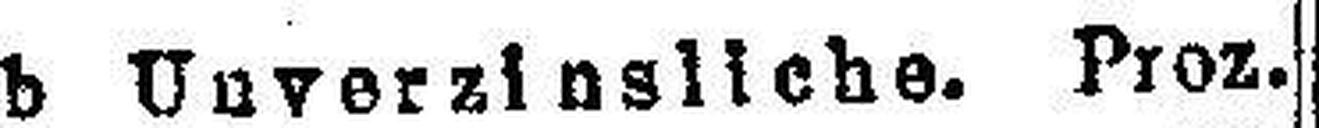
b Unverzinsliche. Proz.